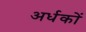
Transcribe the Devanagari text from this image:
अर्धकों